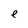
Character: e